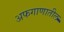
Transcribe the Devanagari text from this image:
अफगाणातील